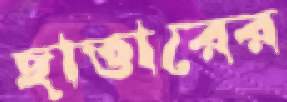
ছাত্তারের